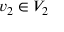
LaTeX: v _ { 2 } \in V _ { 2 }